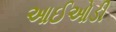
આઈઓડી